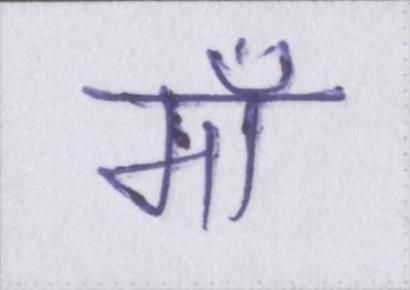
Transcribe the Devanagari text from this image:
माँ